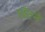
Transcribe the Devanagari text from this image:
छँटने